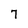
Character: 7